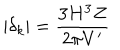
LaTeX: | \delta _ { k } | = \frac { 3 H ^ { 3 } Z } { 2 \pi V ^ { \prime } }